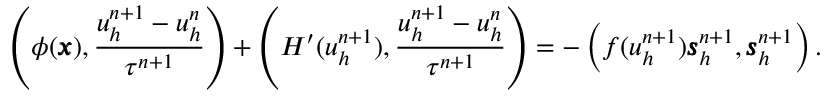
\begin{array} { r } { \left( \phi ( \pmb { x } ) , \displaystyle \frac { u _ { h } ^ { n + 1 } - u _ { h } ^ { n } } { \tau ^ { n + 1 } } \right) + \left( H ^ { \prime } ( u _ { h } ^ { n + 1 } ) , \displaystyle \frac { u _ { h } ^ { n + 1 } - u _ { h } ^ { n } } { \tau ^ { n + 1 } } \right) = - \left( f ( u _ { h } ^ { n + 1 } ) \pmb { s } _ { h } ^ { n + 1 } , \pmb { s } _ { h } ^ { n + 1 } \right) . } \end{array}